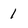
Character: 1